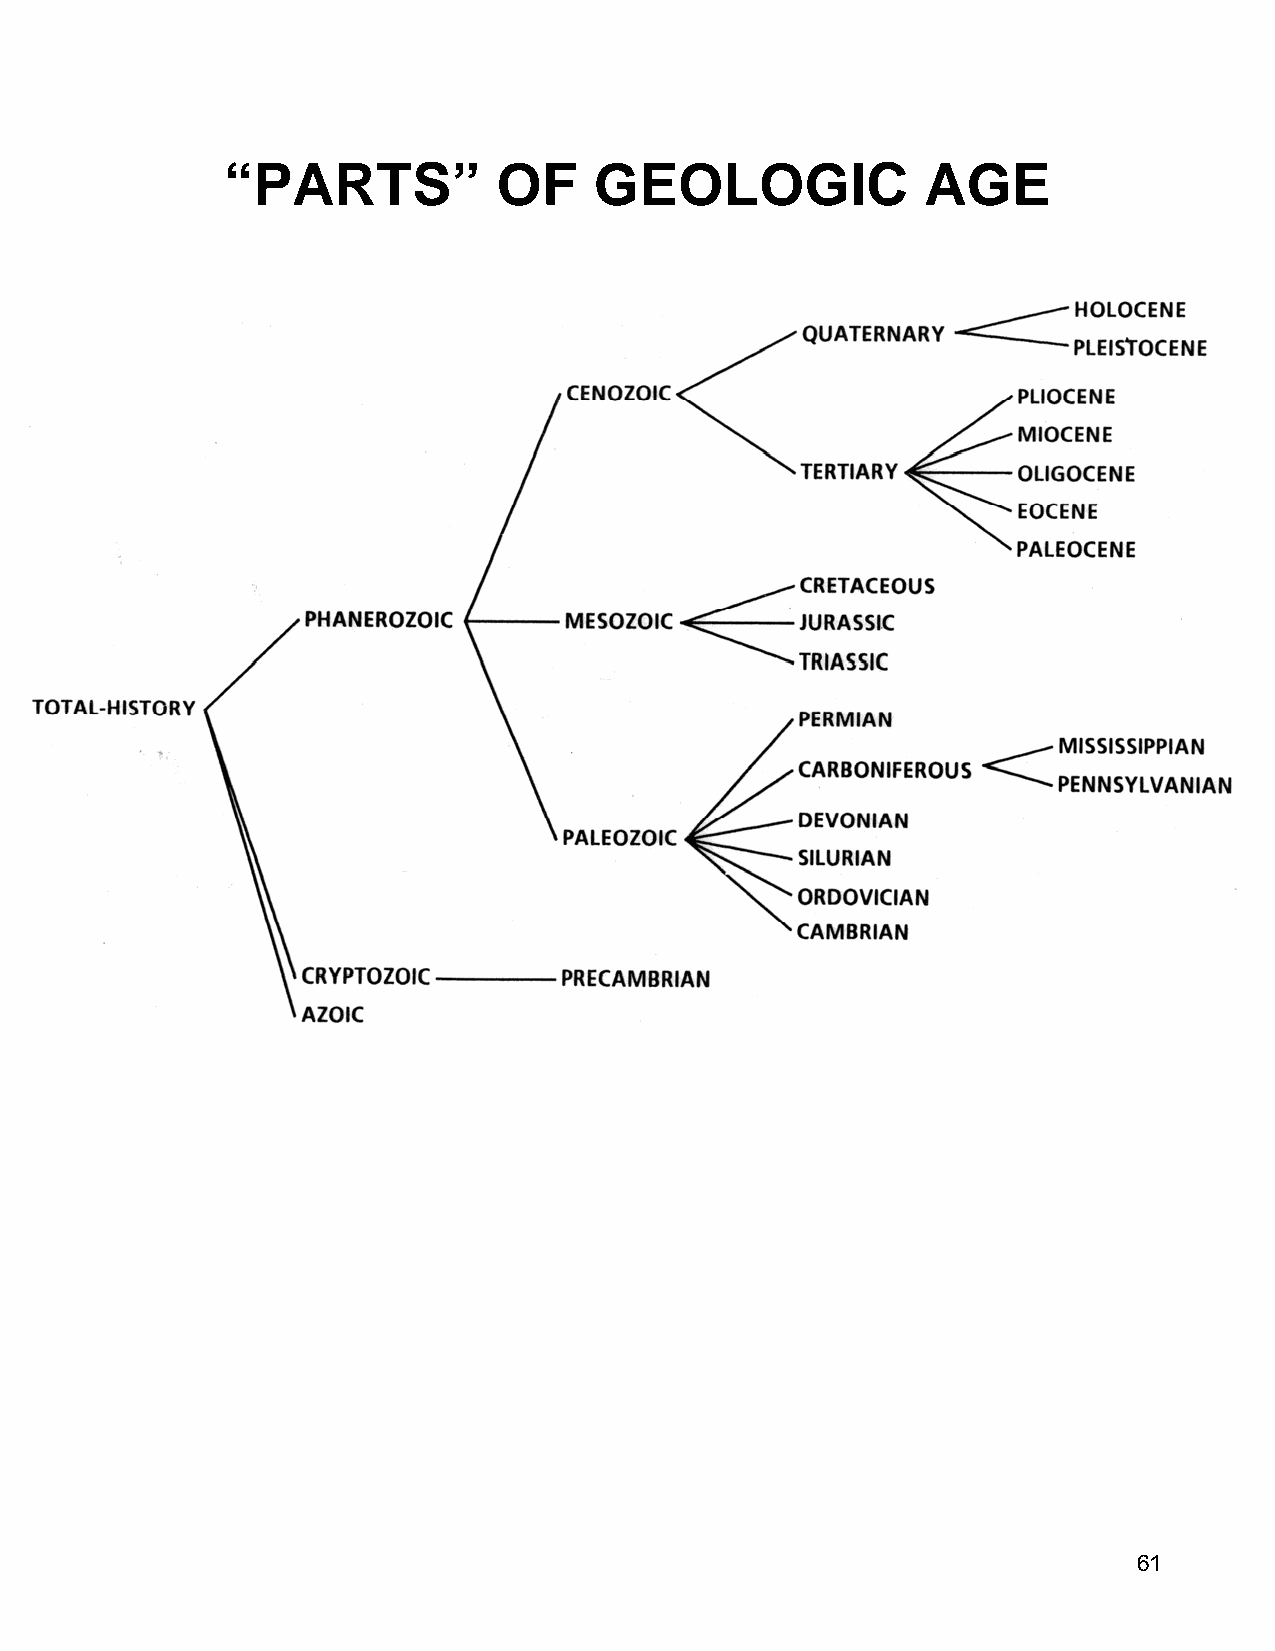
“PARTS”           OF    GEOLOGIC              AGE
 61